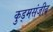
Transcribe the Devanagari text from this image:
कुड्मसंजीव